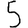
Digit: 5